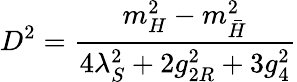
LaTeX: D^{2}={\frac{m_{H}^{2}-m_{\bar{H}}^{2}}{4\lambda_{S}^{2}+2g_{2R}^{2}+3g_{4}^{2}}}